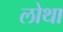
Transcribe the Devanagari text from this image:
लोथा